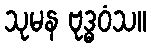
သုမန ဗုဒ္ဓဝံသ။